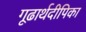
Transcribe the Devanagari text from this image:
गूढार्थदीपिका